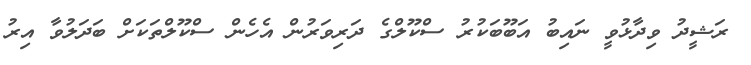
ރަޝީދު ވިދާޅުވީ ނައިބު އަބޫބަކުރު ސްކޫލްގެ ދަރިވަރުން އެހެން ސްކޫލްތަކަށް ބަދަލުވާ އިރު